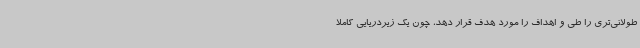
طولانی‌تری را طی و اهداف را مورد هدف قرار دهد، چون یک زیردریایی کاملاً